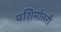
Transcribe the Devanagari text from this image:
पशिमोत्तरी